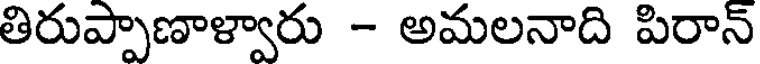
తిరుప్పాణాళ్వారు - అమలనాది పిరాన్